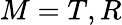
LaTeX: M=T,R